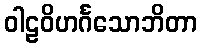
ဝါဠဝိဟင်္ဂသောဘိတာ